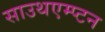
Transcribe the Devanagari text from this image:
साउथएम्प्टन